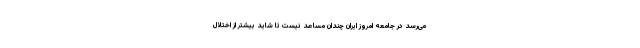
می‌رسد در جامعه امروز ایران چندان مساعد نیست تا شاید بیشتر از اختلال